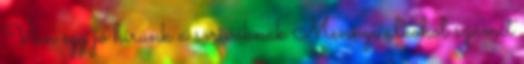
Van egy jó hírünk a sörivóknak Mennyi alkohol számít